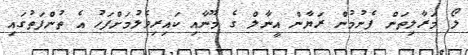
ލޯ މަރާލިތަން ފެނުމުން ރަޔާން އީނާލް ގެ މޫނާއި ކައިރިވެލުމަށްފަހު އެ ތުންފަތުގައި